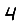
Digit: 4